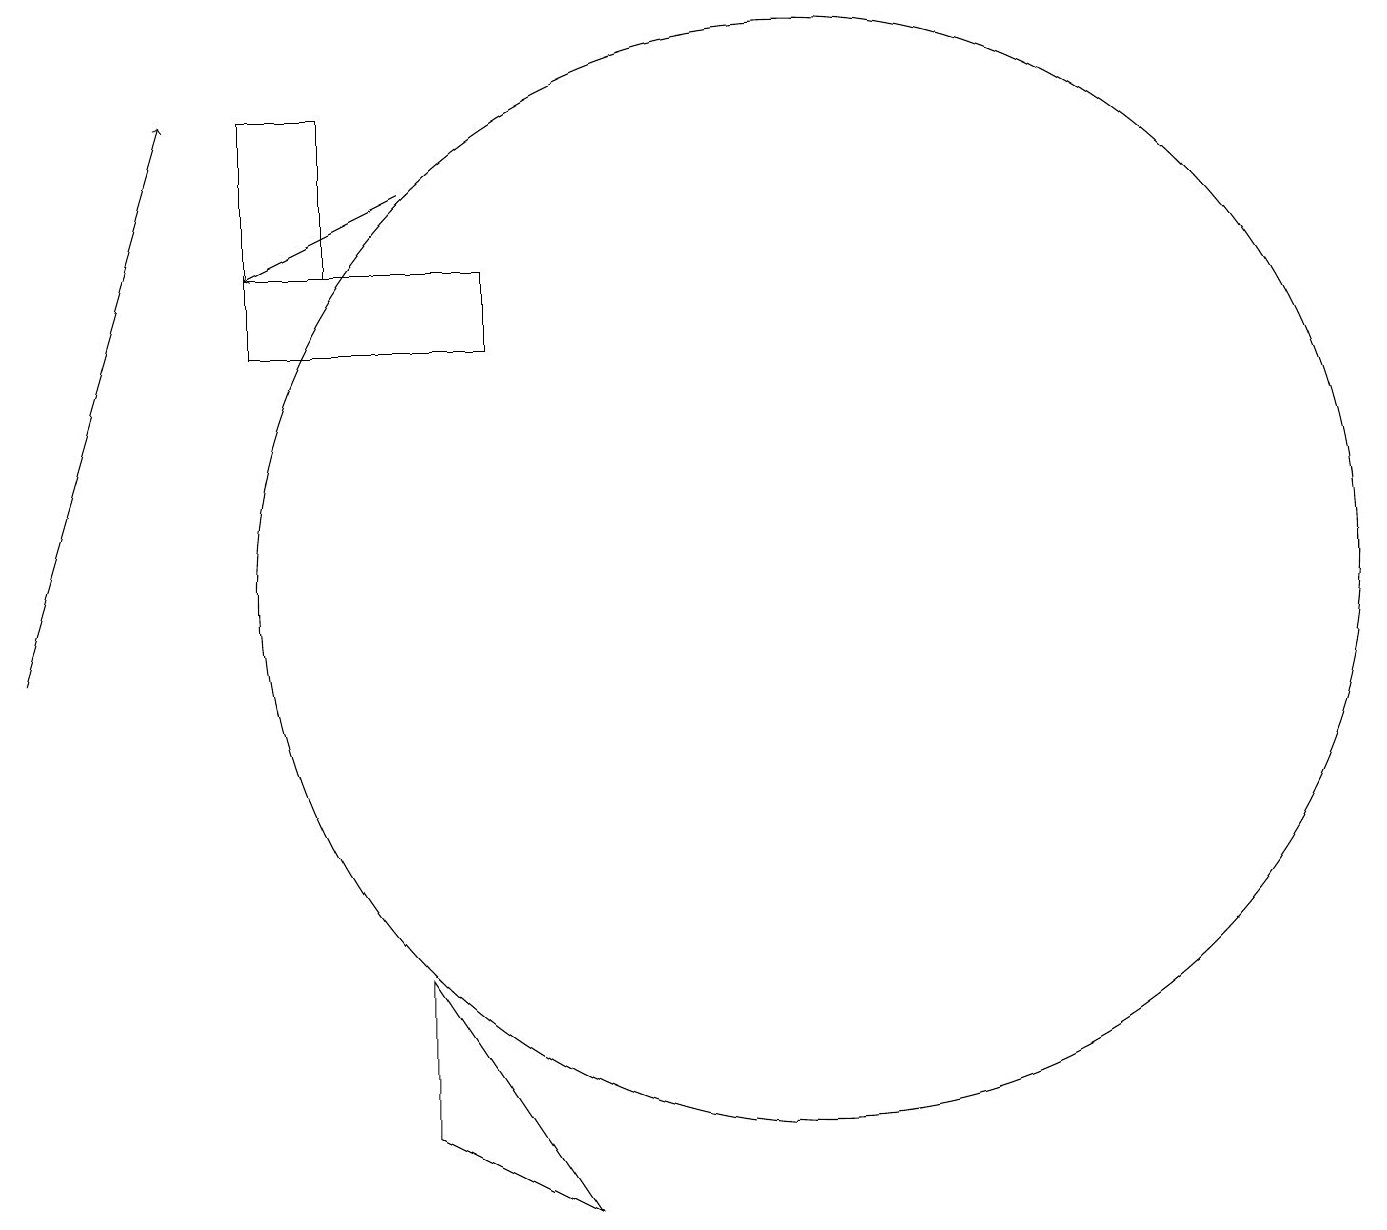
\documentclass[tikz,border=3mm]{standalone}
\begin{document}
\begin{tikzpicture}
\draw (7,4) -- (5,7) -- (5,5) -- cycle;
\draw (6,15) rectangle (3,16);
\draw[->] (5,17) -- (3,16);
\draw[->] (0,11) -- (2,18);
\draw (10,12) circle (7);
\draw (4,18) rectangle (3,16);
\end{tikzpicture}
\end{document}